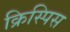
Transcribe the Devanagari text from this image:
क्रिस्पिस